Annual administration report of the Civil Veterinary Department of India - 1898-1899
Year: 1898
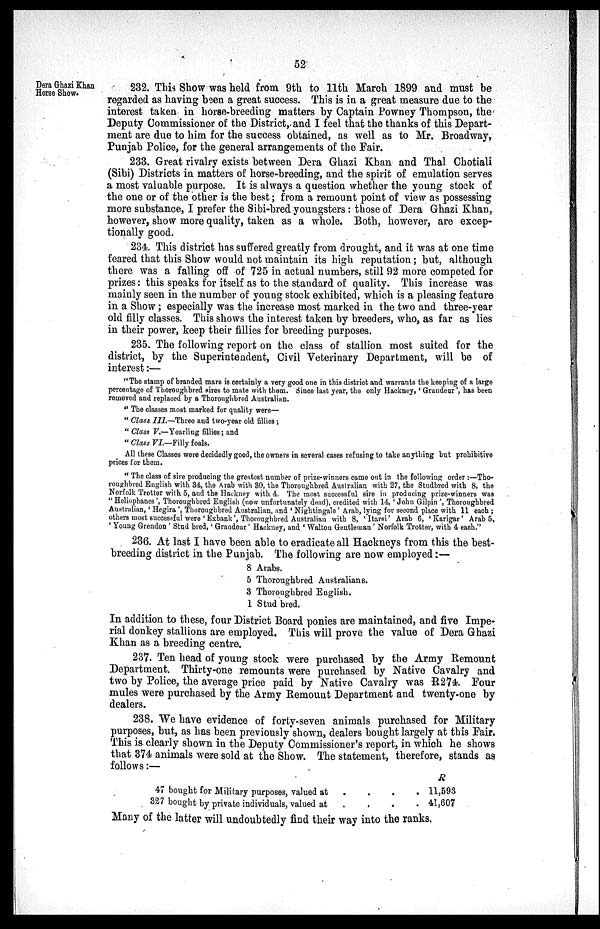
52
Dera Ghazi Khan
Horse Show.
232. This Show was held from 9th to 11th March 1899 and must be
regarded as having been a great success. This is in a great measure due to the
interest taken in horse-breeding matters by Captain Powney Thompson, the
Deputy Commissioner of the District, and I feel that the thanks of this Depart-
ment are due to him for the success obtained, as well as to Mr. Broadway,
Punjab Police, for the general arrangements of the Fair.
233. Great rivalry exists between Dera Ghazi Khan and Thal Chotiali
(Sibi) Districts in matters of horse-breeding, and the spirit of emulation serves
a most valuable purpose. It is always a question whether the young stock of
the one or of the other is the best; from a remount point of view as possessing
more substance, I prefer the Sibi-bred youngsters: those of Dera Ghazi Khan,
however, show more quality, taken as a whole. Both, however, are excep-
tionally good.
234. This district has suffered greatly from drought, and it was at one time
feared that this Show would not maintain its high reputation; but, although
there was a falling off of 725 in actual numbers, still 92 more competed for
prizes: this speaks for itself as to the standard of quality. This increase was
mainly seen in the number of young stock exhibited, which is a pleasing feature
in a Show; especially was the increase most marked in the two and three-year
old filly classes. This shows the interest taken by breeders, who, as far as lies
in their power, keep their fillies for breeding purposes.
235. The following report on the class of stallion most suited for the
district, by the Superintendent, Civil Veterinary Department, will be of
interest:—
"The stamp of branded mare is certainly a very good one in this district and warrants the keeping of a large
percentage of Thoroughbred sires to mate with them. Since last year, the only Hackney, 'Grandeur', has been
removed and replaced by a Thoroughbred Australian.
"The classes most marked for quality were—
"Class III.—Three and two-year old fillies;
"Class V.—Yearling fillies; and
"Class VI.—Filly foals.
All these Classes were decidedly good, the owners in several cases refusing to take anything but prohibitive
prices for them.
"The class of sire producing the greatest number of prize-winners came out in the following order:—Tho-
roughbred English with 34, the Arab with 30, the Thoroughbred Australian with 27, the Studbred with 8, the
Norfolk Trotter with 5, and the Hackney with 4. The most successful sire in producing prize-winners was
"Heliophanes', Thoroughbred English (now unfortunately dead), credited with 14, 'John Gilpin', Thoroughbred
Australian, 'Hegira', Thoroughbred Australian, and 'Nightingale' Arab, lying for second place with 11 each;
others most successful were 'Exbank', Thoroughbred Australian with 8, 'Itarsi' Arab 6, 'Karigar' Arab 5,
'Young Grendon' Stud bred, 'Grandeur' Hackney, and 'Walton Gentleman' Norfolk Trotter, with 4 each."
236. At last I have been able to eradicate all Hackneys from this the best-
breeding district in the Punjab. The following are now employed:—
8
5
3
1
Arabs.
Thoroughbred Australians.
Thoroughbred English.
Stud bred.
In addition to these, four District Board ponies are maintained, and five Impe-
rial donkey stallions are employed. This will prove the value of Dera Ghazi
Khan as a breeding centre.
237. Ten head of young stock were purchased by the Army Remount
Department. Thirty-one remounts were purchased by Native Cavalry and
two by Police, the average price paid by Native Cavalry was R274. Four
mules were purchased by the Army Remount Department and twenty-one by
dealers.
238. We have evidence of forty-seven animals purchased for Military
purposes, but, as has been previously shown, dealers bought largely at this Fair.
This is clearly shown in the Deputy Commissioner's report, in which he shows
that 374 animals were sold at the Show. The statement, therefore, stands as
follows:—
47 bought for Military purposes, valued at . . . . . .
327 bought by private individuals, valued at . . . . . .
R
11,593
41,607
Many of the latter will undoubtedly find their way into the ranks.